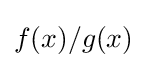
{\textstyle f(x)/g(x)}